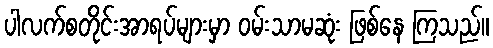
ပါလက်စတိုင်းအာရပ်များမှာ ဝမ်းသာမဆုံး ဖြစ်နေ ကြသည်။